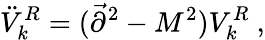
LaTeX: \ddot{V}_{k}^{R}=(\vec{\partial}^{2}-M^{2})V_{k}^{R}~,